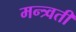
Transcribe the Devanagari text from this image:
मन्त्र्वती